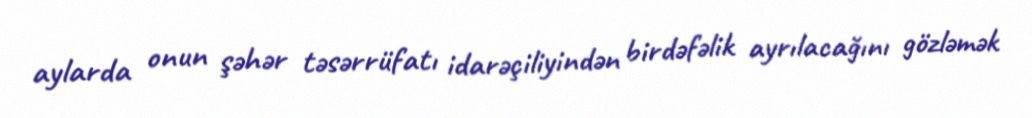
aylarda onun şəhər təsərrüfatı idarəçiliyindən birdəfəlik ayrılacağını gözləmək